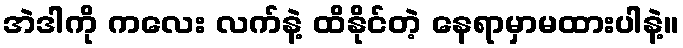
အဲဒါကို ကလေး လက်နဲ့ ထိနိုင်တဲ့ နေရာမှာမထားပါနဲ့။